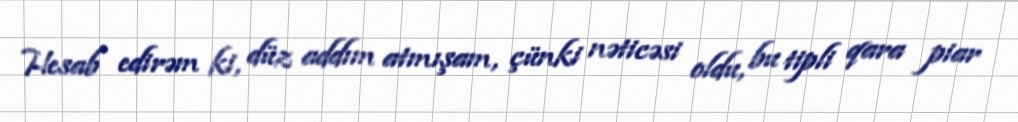
Hesab edirəm ki, düz addım atmışam, çünki nəticəsi oldu, bu tipli qara piar